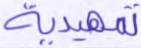
تمهيدية